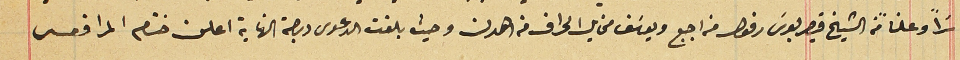
سَراً وعلناً من الشيخ قيصر بولسَ رفول من اجبع ويوسَف مخايل الحراق من اهدن وحيث بلغت الدعوى درجة النهاية اعلن ختام المرافعه